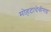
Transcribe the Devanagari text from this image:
मोहटादेवीगड